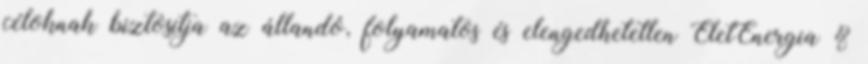
céloknak biztosítja az állandó, folyamatos és elengedhetetlen ÉletEnergia &